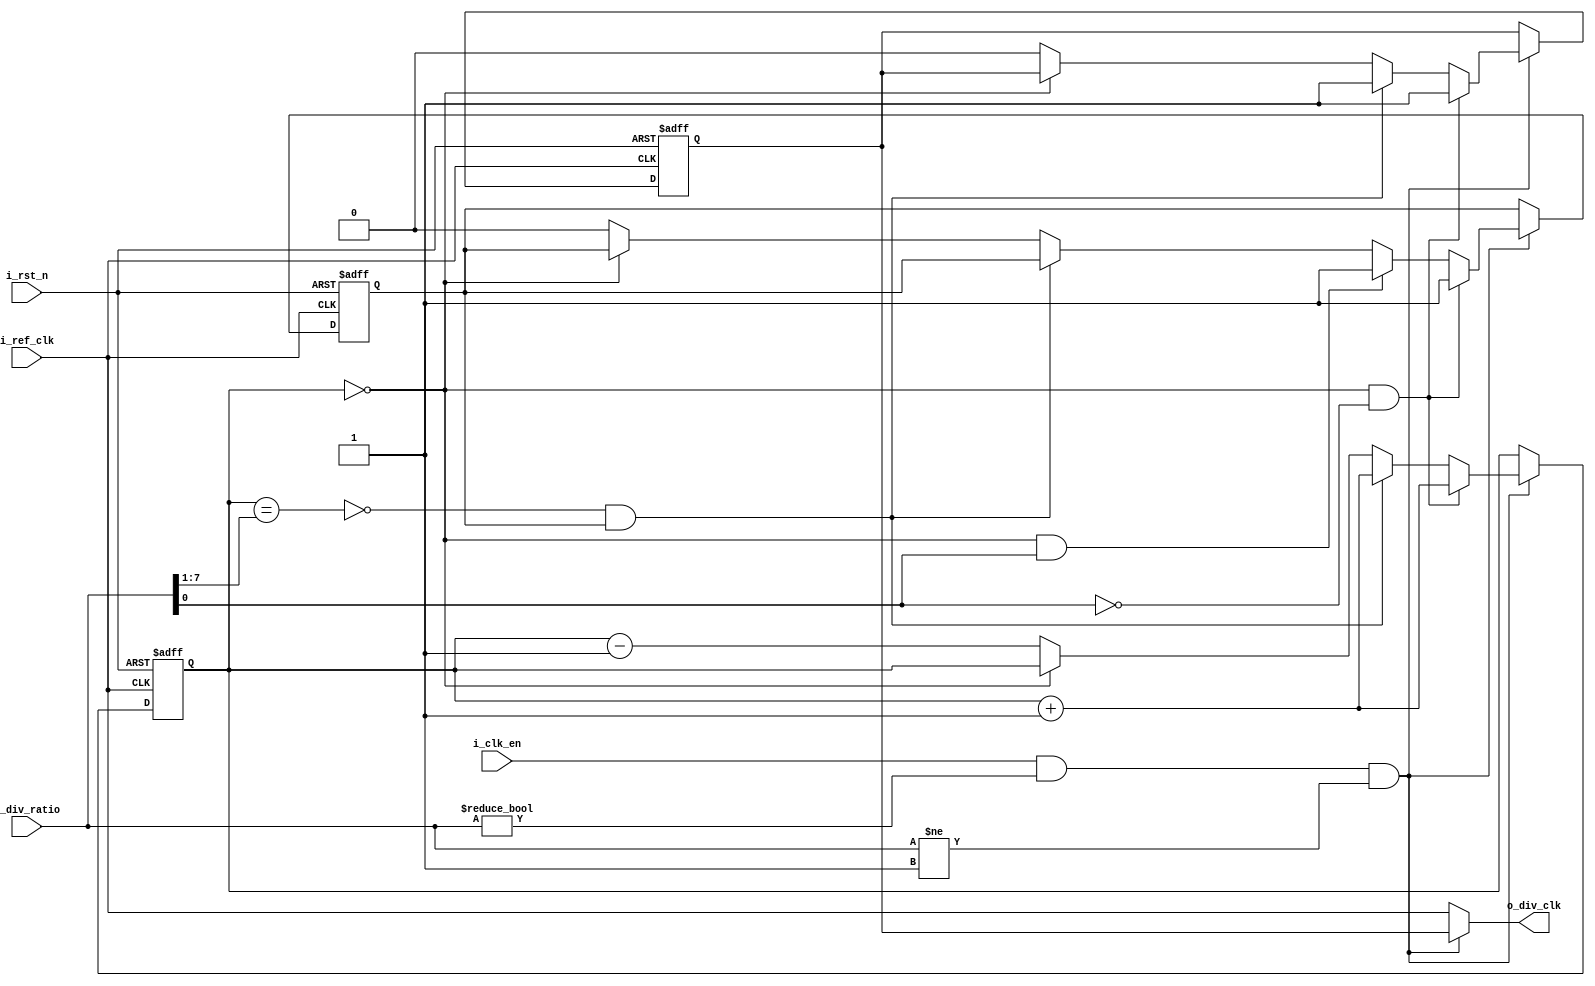
module ClkDiv #(parameter data = 8)
  (
  input wire i_ref_clk,
  input wire i_rst_n,
  input wire i_clk_en,
  input wire [data-1:0] i_div_ratio,
  output wire o_div_clk
  );
  
  reg [data-1:0] count_high;
  reg enable;
  reg o_div_clk_s;
  wire odd;
  wire high;
  wire low;
  wire enable_clk;
  
  assign odd = (i_div_ratio[0]);
  assign high = ((count_high == (i_div_ratio >> 1'b1)));
  assign low = ((count_high == 'b0));
  assign enable_clk = (i_clk_en && (i_div_ratio != 'b0) && (i_div_ratio != 'b1));
  assign o_div_clk = enable_clk ? o_div_clk_s : i_ref_clk;
  
  always@(posedge i_ref_clk or negedge i_rst_n)
  begin
    if (!i_rst_n)
      begin
        o_div_clk_s <= 1'b0;
        count_high <= 'b0;
        enable <= 1'b1;
      end 
     else if (enable_clk)
     begin 
         if(!high && enable)
           begin
             o_div_clk_s <= 1'b1;
             count_high <= count_high + 1'b1;
           end
         else if (!low)
           begin
             o_div_clk_s <= 1'b0;
             enable <= 1'b0;
             count_high <= count_high -1'b1;
           end
           //even
           if (low && !odd)
             begin
               enable <= 1'b1;
               o_div_clk_s <= 1'b1;
               count_high <= count_high + 1'b1;
             end
             //odd
          else if (low && odd)
            begin
              enable <= 1'b1;
            end
    end
    end
endmodule